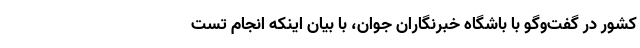
کشور در گفت‌وگو با باشگاه خبرنگاران جوان، با بیان اینکه انجام تست